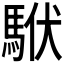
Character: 𩢰